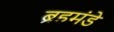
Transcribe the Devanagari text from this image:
ब्रहमंडे